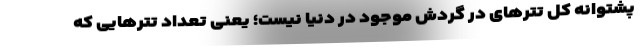
پشتوانه کل تترهای در گردش موجود در دنیا نیست؛ یعنی تعداد تترهایی که